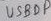
Text: USBDP